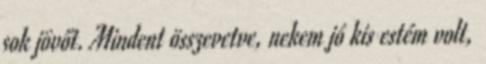
sok jövőt. Mindent összevetve, nekem jó kis estém volt,